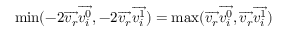
\, \! \operatorname* { m i n } ( - 2 { \overrightarrow { v _ { r } } } { \overrightarrow { v _ { i } ^ { 0 } } } , - 2 { \overrightarrow { v _ { r } } } { \overrightarrow { v _ { i } ^ { 1 } } } ) = \operatorname* { m a x } ( { \overrightarrow { v _ { r } } } { \overrightarrow { v _ { i } ^ { 0 } } } , { \overrightarrow { v _ { r } } } { \overrightarrow { v _ { i } ^ { 1 } } } )